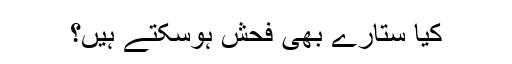
کیا ستارے بھی فحش ہوسکتے ہیں؟